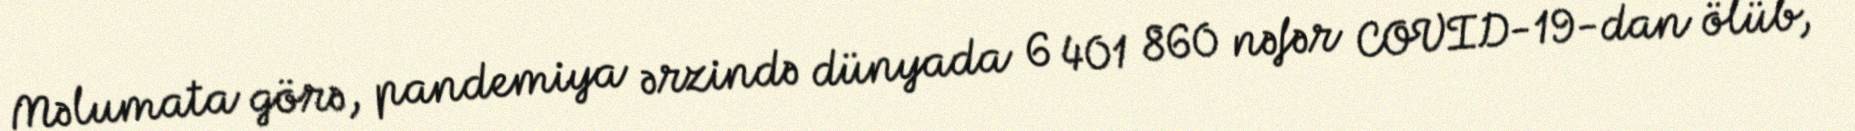
Məlumata görə, pandemiya ərzində dünyada 6 401 860 nəfər COVID-19-dan ölüb,